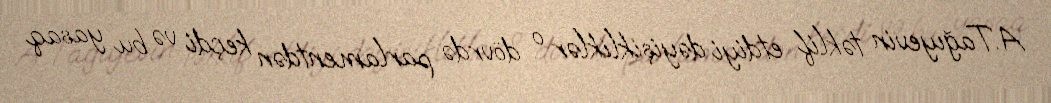
A.Tağıyevin təklif etdiyi dəyişikliklər o dövrdə parlamentdən keçdi və bu yasaq